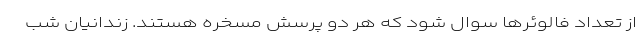
از تعداد فالوئرها سوال شود که هر دو پرسش مسخره هستند. زندانیان شب